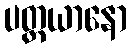
ပတ္ထယာနော